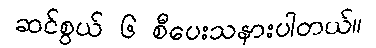
ဆင်စွယ် ၆ စီပေးသနားပါတယ်။